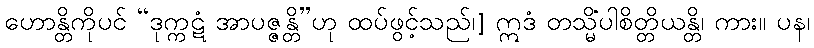
ဟောန္တိကိုပင် “ဒုက္ကဋံ အာပဇ္ဇန္တိ”ဟု ထပ်ဖွင့်သည်၊] ဣဒံ တသ္မိံပါစိတ္တိယန္တိ၊ ကား။ ပန၊